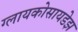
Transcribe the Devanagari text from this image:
ग्लायकोसायडेझ